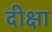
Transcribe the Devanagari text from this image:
दीक्षा